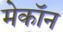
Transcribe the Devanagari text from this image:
मेकॉन